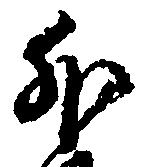
外